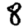
Digit: 8